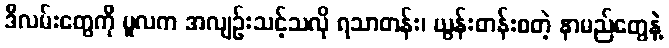
ဒီလမ်းတွေကို မူလက အလျဉ်းသင့်သလို ရသာတန်း၊ ယွန်းတန်းစတဲ့ နာမည်တွေနဲ့